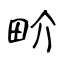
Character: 畍